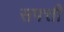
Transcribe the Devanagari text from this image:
सपत्ती